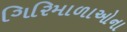
ગિરિમાળાઓના